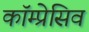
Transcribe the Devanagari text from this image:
कॉम्प्रेसिव